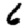
Digit: 6